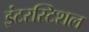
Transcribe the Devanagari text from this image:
इंटरस्टिशल